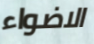
الاضواء